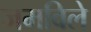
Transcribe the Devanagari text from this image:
जमविले